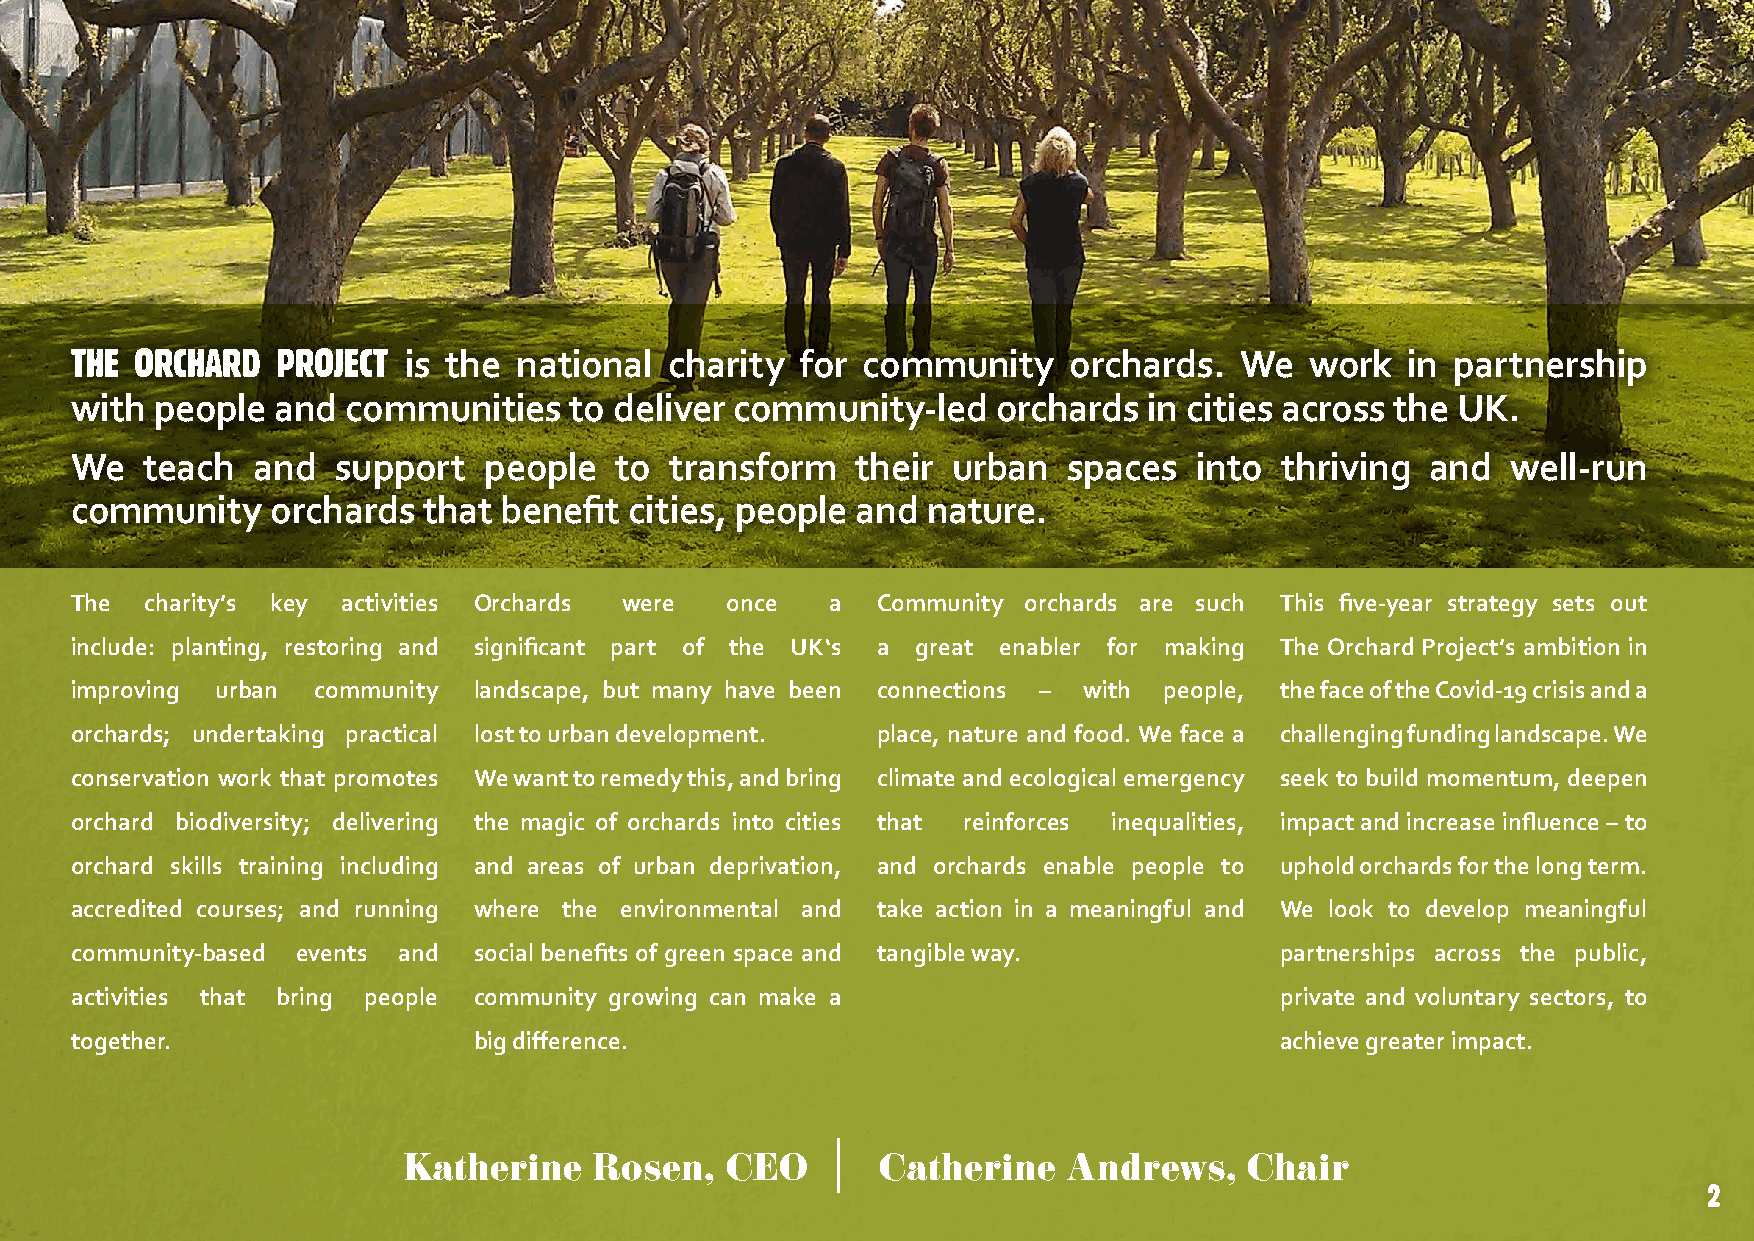
THE ORCHARD  PROJECT  is the national  charity  for community     orchards.  We   work  in partnership
 with people  and  communities    to deliver community-led    orchards  in cities across the UK.
 We  teach   and  support   people   to transform    their urban   spaces  into  thriving  and  well-run
 community    orchards  that benefit  cities, people and nature.
 The  charity’s key activities Orchards were once  a  Community orchards are such This five-year strategy sets out
 include: planting, restoring and significant part of the UK‘s a great enabler for making The Orchard Project’s ambition in
 improving urban community landscape, but many have been connections – with people, the face of the Covid-19 crisis and a
 orchards; undertaking practical lost to urban development. place, nature and food. We face a challenging funding landscape. We
 conservation work that promotes We want to remedy this, and bring climate and ecological emergency seek to build momentum, deepen
 orchard biodiversity; delivering the magic of orchards into cities that reinforces inequalities, impact and increase influence – to
 orchard skills training including and areas of urban deprivation, and orchards enable people to uphold orchards for the long term.
 accredited courses; and running where the environmental and take action in a meaningful and We look to develop meaningful
 community-based events and social benefits of green space and tangible way.     partnerships across the public,
 activities that bring people community growing can make a                       private and voluntary sectors, to
 together.                 big difference.                                       achieve greater impact.
 |
 Katherine   Rosen,   CEO       Catherine    Andrews,    Chair
 2